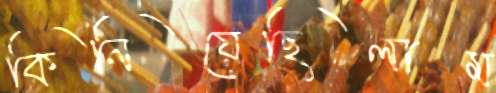
কিনিয়েছিলাম